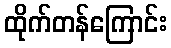
ထိုက်တန်ကြောင်း